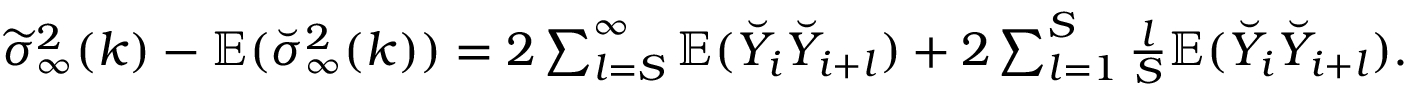
\begin{array} { r } { \widetilde { \sigma } _ { \infty } ^ { 2 } ( k ) - \mathbb { E } ( \breve { \sigma } _ { \infty } ^ { 2 } ( k ) ) = 2 \sum _ { l = S } ^ { \infty } \mathbb { E } ( \breve { Y } _ { i } \breve { Y } _ { i + l } ) + 2 \sum _ { l = 1 } ^ { S } \frac { l } { S } \mathbb { E } ( \breve { Y } _ { i } \breve { Y } _ { i + l } ) . } \end{array}